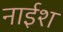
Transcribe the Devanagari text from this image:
नाईश